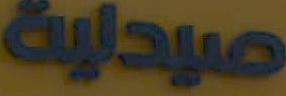
صيدلية